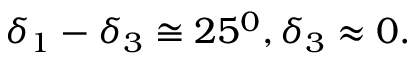
\delta _ { 1 } - \delta _ { 3 } \cong 2 5 ^ { 0 } , \delta _ { 3 } \approx 0 .